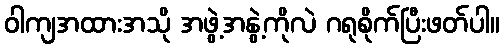
ဝါကျအထားအသို အဖွဲ့အနွဲ့ကိုလဲ ဂရုစိုက်ပြီးဖတ်ပါ။